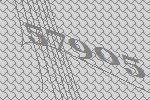
57905